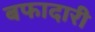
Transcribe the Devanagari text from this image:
बफादारी